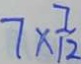
7 \times \frac { 7 } { 1 2 }